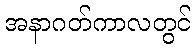
အနာဂတ်ကာလတွင်